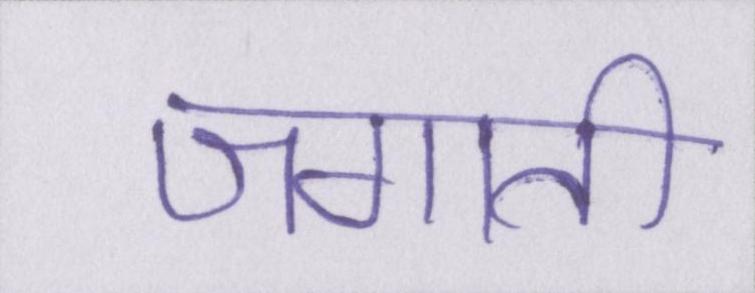
जगाती